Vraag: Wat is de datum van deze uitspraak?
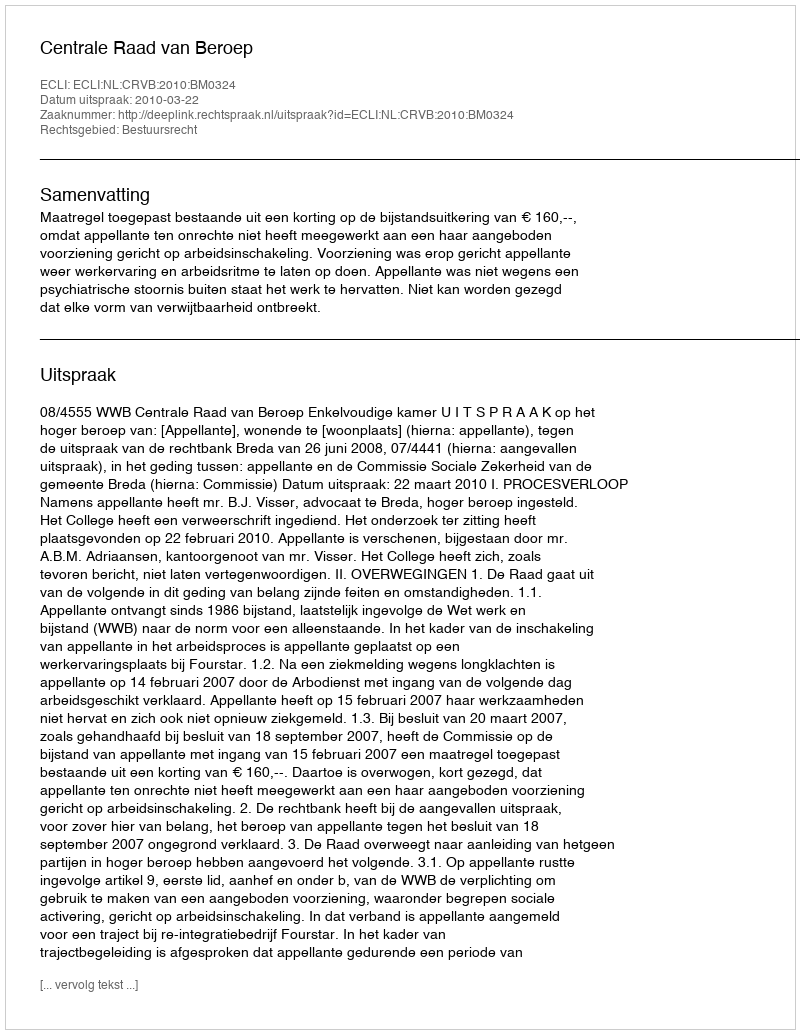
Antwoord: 2010-03-22